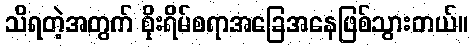
သိရတဲ့အတွက် စိုးရိမ်စရာအခြေအနေဖြစ်သွားတယ်။